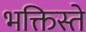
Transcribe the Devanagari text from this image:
भक्तिस्ते